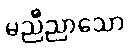
မညီညာသော